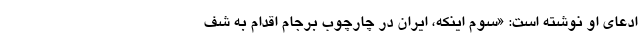
ادعای او نوشته است: «سوم اینکه، ایران در چارچوب برجام اقدام به شف